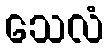
သေလံ